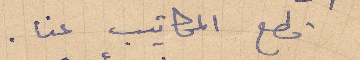
قطع المكاتيب عنا.